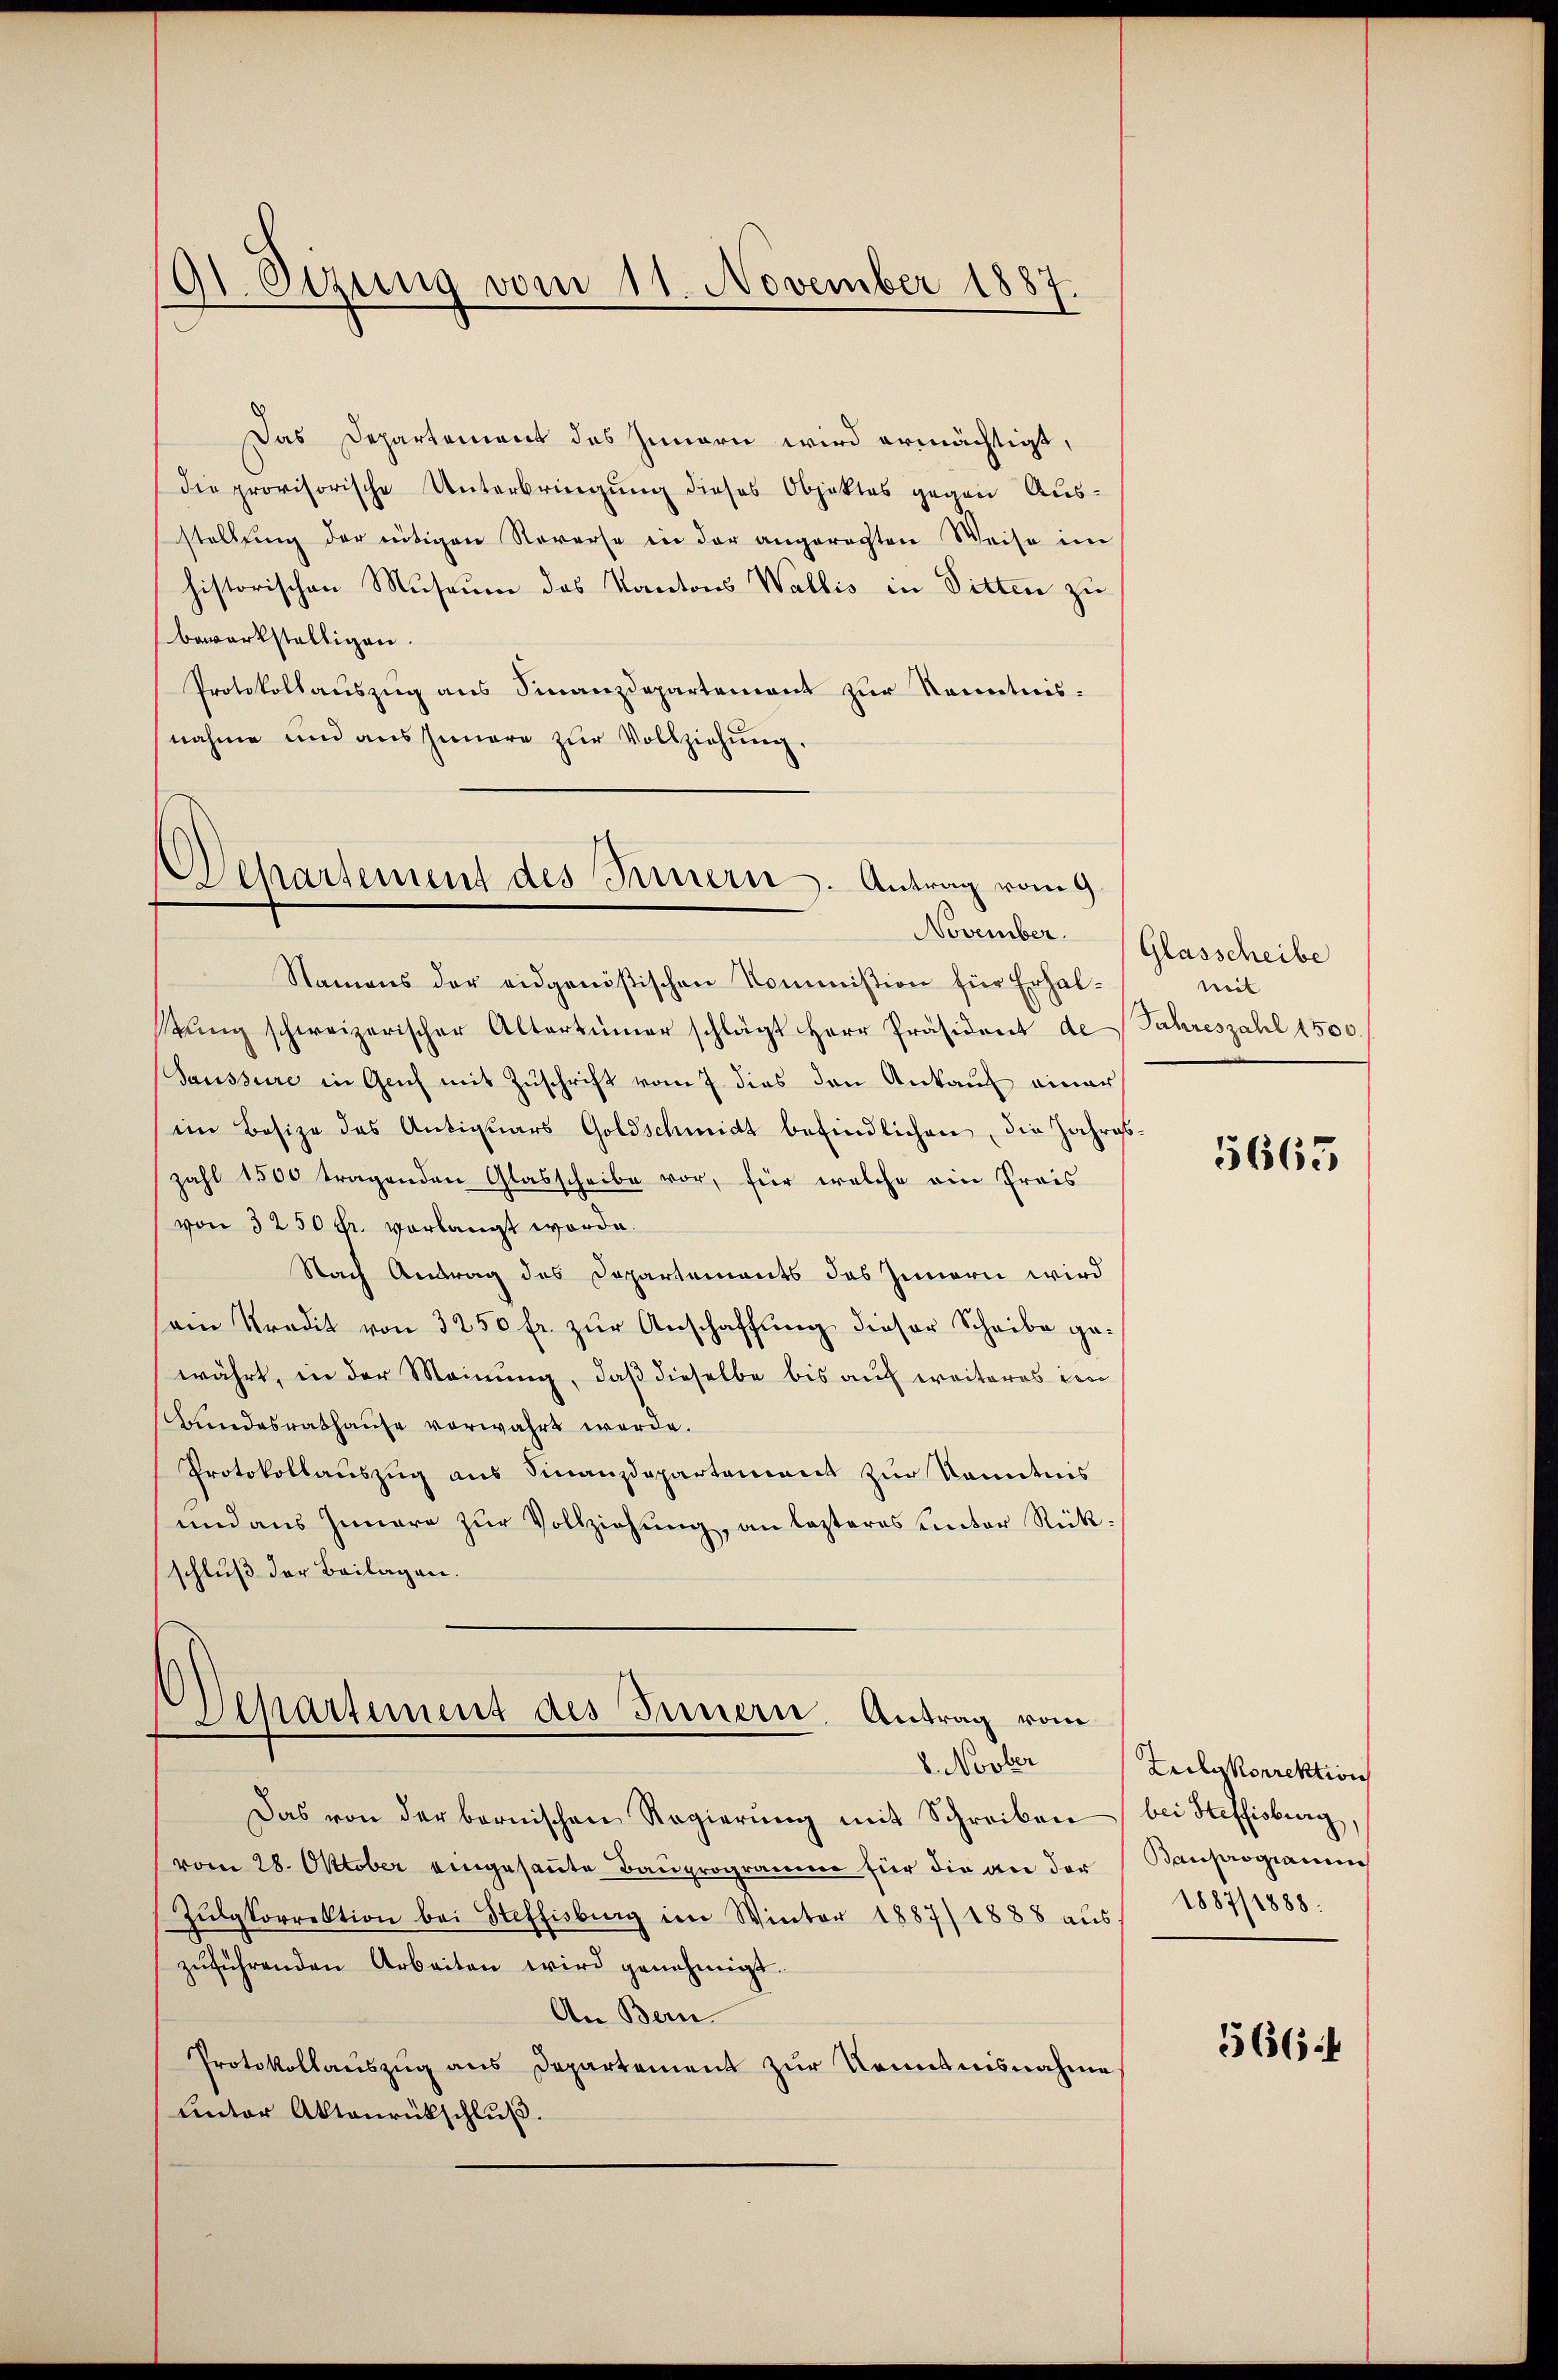
9t. Otzung vom 11. November 1887.

Departement des Fernern. Antrag vom 9.
November.

Das Departement des Zimern wird ermächtigt,
die provisorische Unterbringung dieses Objektes gegen Ausstellung der nötigen Vorerse in der angerechten Weise im
historischen Museum das Kantons Wallis in Sitten zu
bewerkstelligen.
Protokollauszug aus Finanzdepartement zur Kenntnisnahme und aus Innere zur Vollziehung.
Namens der eidgenößischen Kommission für Erhalttŭng schweizerischer Altertümer schlägt Herr Präsident de
Saussure in Geich mit Zuschrift vom 7. dies den Ankauf einer
iin Besize des Antiquars Goldschmidt befindlichen, die jährgs-
zahl 1500 tragenden Glasscheibe vor, für welche ein Preis
von 3250 fr. vorlangt worde.
Nach Antrag des Departements das Innern wird
sam Kredit von 3250 fr. zur Anschaffung dieser Scheibe gewährt, in der Meinung, daß dieselbe bis auf weiteres den
Bundesrathause vorwahrt werde.
Protokollauszug aus Finanzdepartement zur Kenntnis
und aus Innere zur Vollziehung, an lezteres unter Rückschluß der Beilagen.
Separtement des Innern. Antrag vom
8. Novber
Das von der bernischen Regierŭng mit Schreiben
vom 28. Oktober eingesante Bauprogramme für die an der
Zŭlgkorrektion bei Steffisburg im Winter 1887/1888 aŭs
zŭführenden Arbeiten wird genehmigt.
An Bern.
Protokollauszug aus Departement zur Kenntnisnahme
unter Aktenrückschlŭβ.

Glasscheibe
mit
Jahreszahl 1500.

5665

Zailykorrektion
bei Steffisburg,
Bauprogramin
1887/1888.

566f